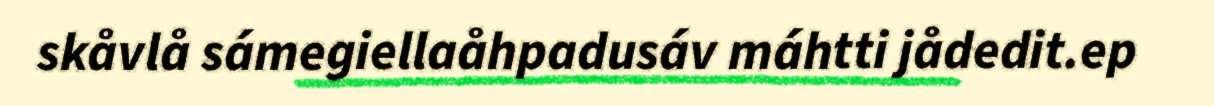
skåvlå sámegiellaåhpadusáv máhtti jådedit.ep